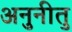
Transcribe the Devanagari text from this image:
अनुनीतु